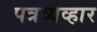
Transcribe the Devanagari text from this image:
पत्रव्यव्हार